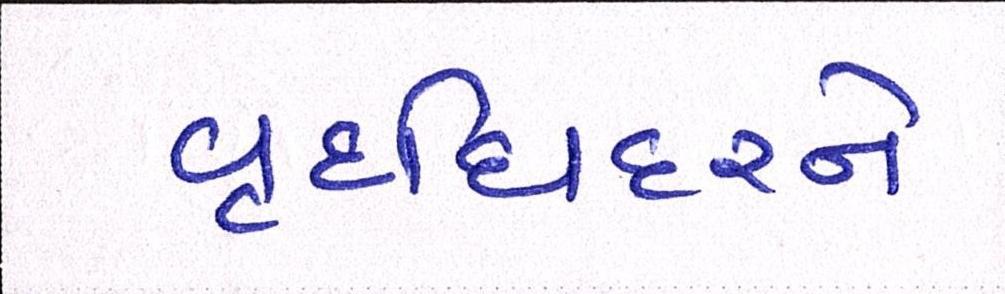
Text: વૃદ્ધિદરને